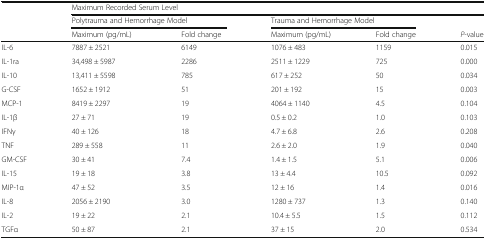
| <ROWSPAN=3>  | <COLSPAN=5> Maximum Recorded Serum Level |
 | <COLSPAN=2> Polytrauma and Hemorrhage Model | <COLSPAN=2> Trauma and Hemorrhage Model |  |
 | Maximum (pg/mL) | Fold change | Maximum (pg/mL) | Fold change | P-value |
 | --- | --- | --- | --- | --- | --- |
 | IL-6 | 7887 ± 2521 | 6149 | 1076 ± 483 | 1159 | 0.015 |
 | IL-1ra | 34,498 ± 5987 | 2286 | 2511 ± 1229 | 725 | 0.000 |
 | IL-10 | 13,411 ± 5598 | 785 | 617 ± 252 | 50 | 0.034 |
 | G-CSF | 1652 ± 1912 | 51 | 201 ± 192 | 15 | 0.003 |
 | MCP-1 | 8419 ± 2297 | 19 | 4064 ± 1140 | 4.5 | 0.104 |
 | IL-1β | 27 ± 71 | 19 | 0.5 ± 0.2 | 1.0 | 0.103 |
 | IFNγ | 40 ± 126 | 18 | 4.7 ± 6.8 | 2.6 | 0.208 |
 | TNF | 289 ± 558 | 11 | 2.6 ± 2.0 | 1.9 | 0.040 |
 | GM-CSF | 30 ± 41 | 7.4 | 1.4 ± 1.5 | 5.1 | 0.006 |
 | IL-15 | 19 ± 18 | 3.8 | 13 ± 4.4 | 10.5 | 0.092 |
 | MIP-1α | 47 ± 52 | 3.5 | 12 ± 16 | 1.4 | 0.016 |
 | IL-8 | 2056 ± 2190 | 3.0 | 1280 ± 737 | 1.3 | 0.140 |
 | IL-2 | 19 ± 22 | 2.1 | 10.4 ± 5.5 | 1.5 | 0.112 |
 | TGFα | 50 ± 87 | 2.1 | 37 ± 15 | 2.0 | 0.534 |